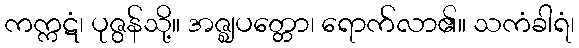
ကက္ကဋံ၊ ပုဇွန်သို့။ အဇ္ဈပတ္တော၊ ရောက်လာ၏။ သကံခါရံ၊